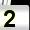
Digit: 2